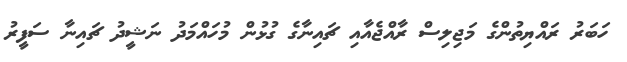
ހަބަރު ރައްޔިތުންގެ މަޖިލިސް ރާއްޖެއާއި ޗައިނާގެ ގުޅުން މުހައްމަދު ނަޝީދު ޗައިނާ ސަފީރު